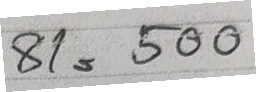
81 = 500